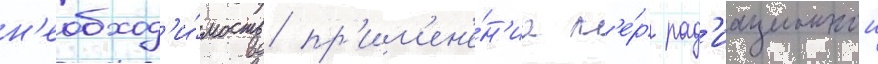
н'еобход'и́мость пр'им'ен'е́н'иа м'е́р рад'иационнои